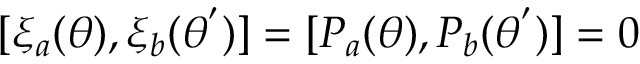
[ { \xi } _ { a } ( \theta ) , { \xi } _ { b } ( { \theta } ^ { ' } ) ] = [ P _ { a } ( { \theta } ) , P _ { b } ( { \theta } ^ { ' } ) ] = 0